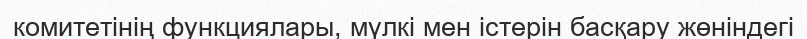
комитетінің функциялары, мүлкі мен істерін басқару жөніндегі